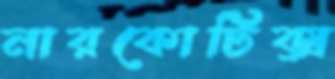
নারকোটিক্স